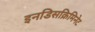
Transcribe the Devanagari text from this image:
इनडिसक्रिमिनेट